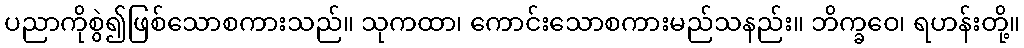
ပညာကိုစွဲ၍ဖြစ်သောစကားသည်။ သုကထာ၊ ကောင်းသောစကားမည်သနည်း။ ဘိက္ခဝေ၊ ရဟန်းတို့။